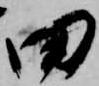
田